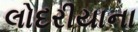
લોદરીયાના